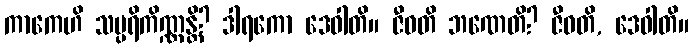
ကာကေဟိ သမ္ပရိကိဏ္ဏန္တိ? ဒါရကော ဒေဝါတိ။ ဇီဝတိ ဘဏေတိ? ဇီဝတိ, ဒေဝါတိ။